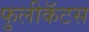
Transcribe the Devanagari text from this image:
फुलीकॅटस